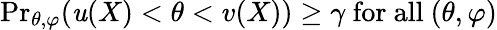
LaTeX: {\operatorname*{Pr}}_{\theta,\varphi}(\mathit{u}(X)<\theta<v(X))\geq\gamma{\mathrm{{~for~all~}}}(\theta,\varphi)